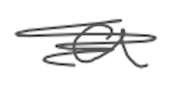
Text: a
Cross-out: scratch
Writing tool: digital_gray